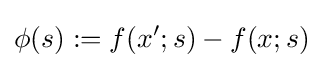
\phi (s):=f(x';s)-f(x;s)